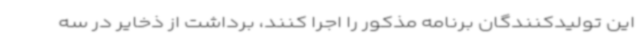
این تولیدکنندگان برنامه مذکور را اجرا کنند، برداشت از ذخایر در سه